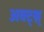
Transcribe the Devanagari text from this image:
अक्ट्श्न्